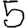
Digit: 5